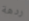
ردهة